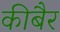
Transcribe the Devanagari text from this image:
कीबैर